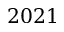
2 0 2 1